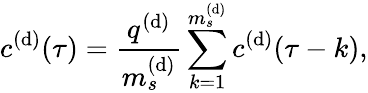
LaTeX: c^{(\mathrm{d})}(\tau)=\frac{{q^{(\mathrm{d})}}}{{m_{s}^{(\mathrm{d})}}}\sum_{k=1}^{m_{s}^{(\mathrm{d})}}c^{(\mathrm{d})}(\tau-k),